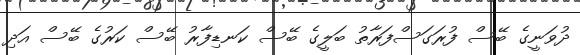
ދުވަނީގެ ބޭސް ފުރަގަސްފަރާތު ބަލީގެ ބޭސް ކަނޑިފާރު ބޭސް ކަރުގެ ބޭސް އަދި